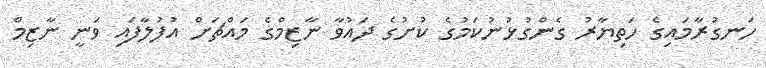
ހަނގުރާމަައިގެ ހަތިޔާރު ގެންގުޅުނުކަމުގެ ކުށުގެ ދައުވާ ނާޒިމްގެ މައްޗަށް އުފުލާފައި ވަނީ ނާޒިމް